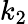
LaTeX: k_{2}